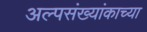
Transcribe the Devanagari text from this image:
अल्पसंख्यांकाच्या